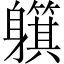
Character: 𲄰